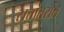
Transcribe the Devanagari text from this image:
सत्तांतरात